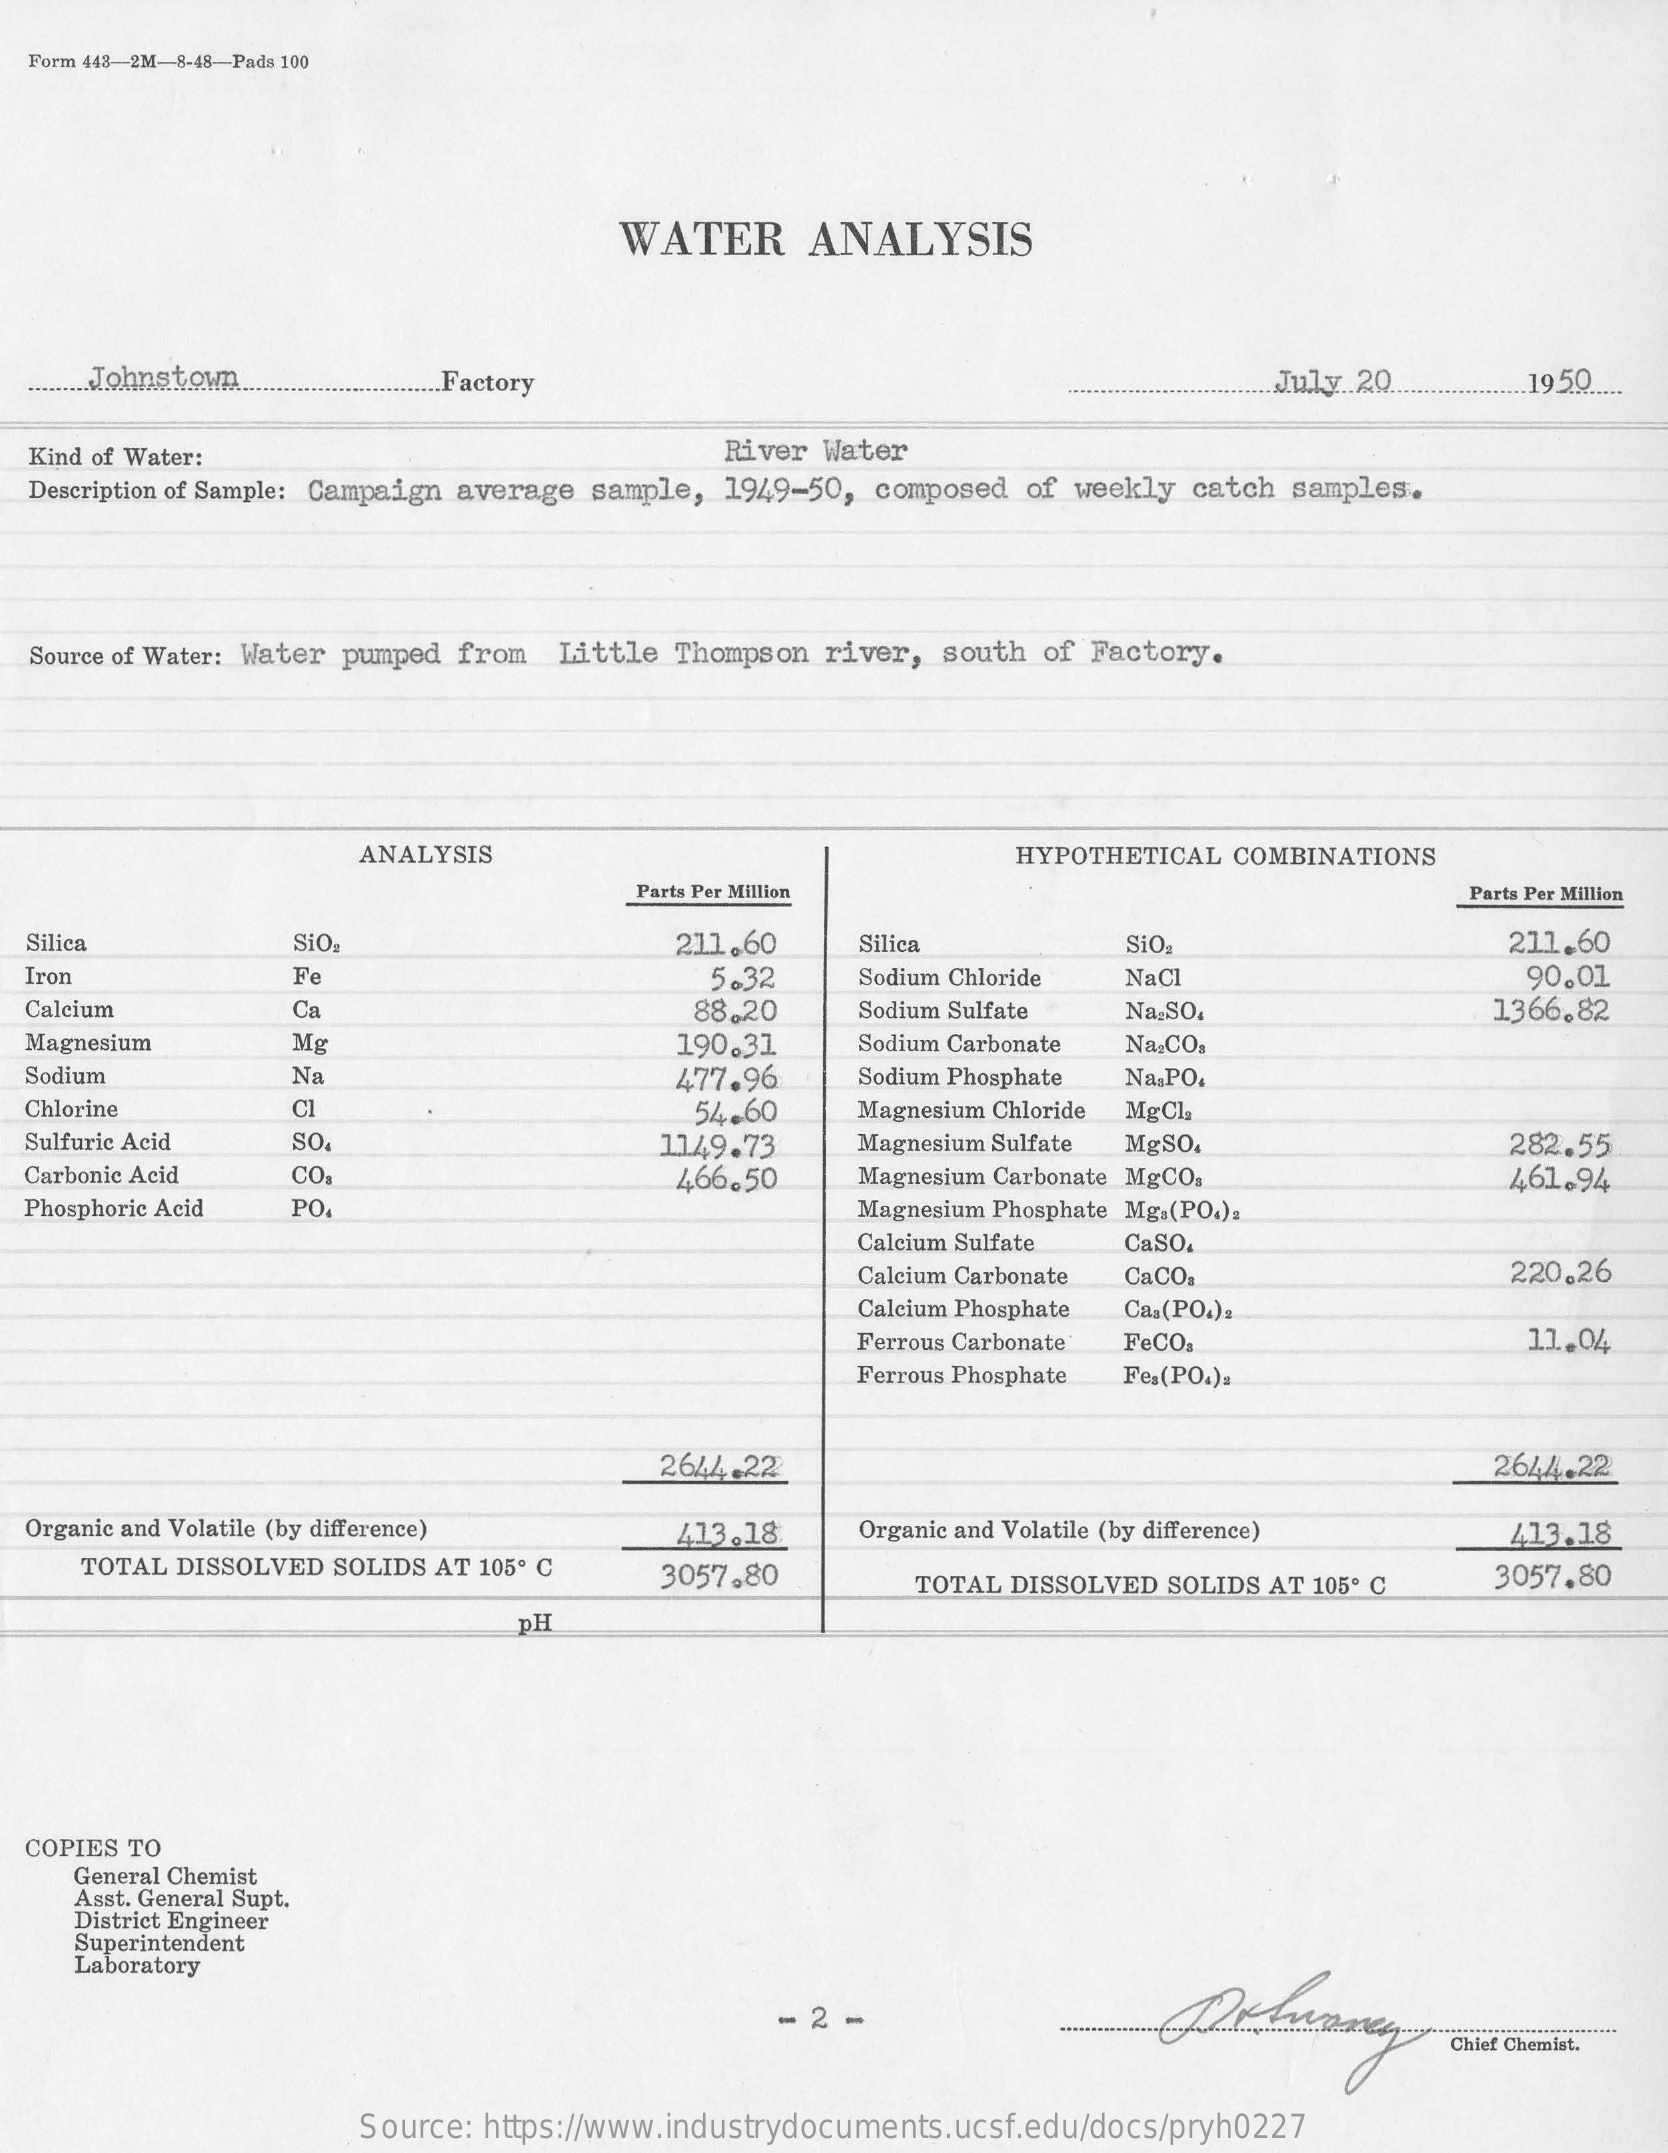
Form 443-2M-8-48-Pads 100
     WATER    ANALYSIS
  ......... Johnstown ......... Factory    ................ July .. 20. .................. 195Q .....
  Kind of Water:    River Water
  Description of Sample: Campaign average sample, 1949-50, composed of weekly catch samples.
  Source of Water: Water pumped from Little Thompson river, south of Factory.
     ANALYSIS    HYPOTHETICAL COMBINATIONS
     Parts Per Million    Parts Per Million
  Silica    SiO.    211.60   Silica    SiO    211.60
  Iron    Fe    5.32    Sodium Chloride NaCl    90.01
  Calcium    Ca    88.20   Sodium Sulfate Na.SO.    1366,82
  Magnesium    Mg    190.31   Sodium Carbonate Na.CO,
  Sodium    Na    477.96   Sodium Phosphate Na,PO.
  Chlorine    Cl    54.60   Magnesium Chloride MgCl
  Sulfuric Acid SO    1149.73   Magnesium Sulfate MgSO.    282.55
  Carbonic Acid CO.    466.50   Magnesium Carbonate MgCO.    461.94
  Phosphoric Acid PO    Magnesium Phosphate Mg.(PO.)2
     Calcium Sulfate CaSO.
     Calcium Carbonate CaCO.    220.26
     Calcium Phosphate Ca.(PO4).
     Ferrous Carbonate FeCO.    11.04
     Ferrous Phosphate Fes(PO.).
     2644.22    2644.22
  Organic and Volatile (by difference) 413.18 Organic and Volatile (by difference) 413.18
     TOTAL DISSOLVED SOLIDS AT 105º C 3057,80    TOTAL DISSOLVED SOLIDS AT 105º C 3057.80
     pH
  COPIES TO
    General Chemist
     Asst. General Supt.
    District Engineer
    Superintendent
    Laboratory
     - 2 -
     Source: https://www.industrydocuments.ucsf.edu/docs/pryh0227